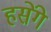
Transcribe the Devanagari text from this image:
हसेंगे